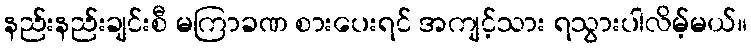
နည်းနည်းချင်းစီ မကြာခဏ စားပေးရင် အကျင့်သား ရသွားပါလိမ့်မယ်။